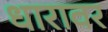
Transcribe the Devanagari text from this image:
धारावर